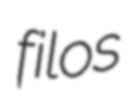
filos